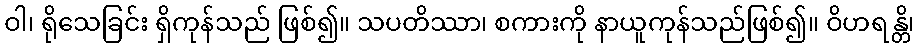
ဝါ၊ ရိုသေခြင်း ရှိကုန်သည် ဖြစ်၍။ သပတိဿာ၊ စကားကို နာယူကုန်သည်ဖြစ်၍။ ဝိဟရန္တိ၊